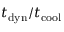
t _ { \mathrm { d y n } } / t _ { \mathrm { c o o l } }